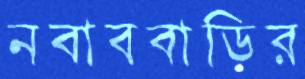
নবাববাড়ির